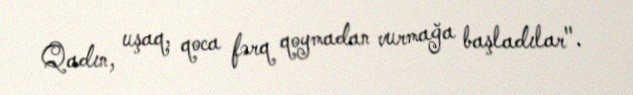
Qadın, uşaq, qoca fərq qoymadan vurmağa başladılar".